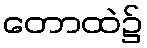
တောထဲ၌